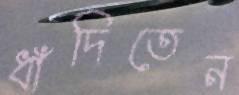
ধাঁদিতেন